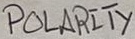
Text: POLARITY